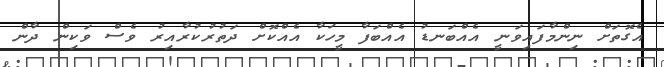
އެގޮތަށް ނިންމާފައިވަނީ އެއްބަނޑު އެއްބަފާ މީހަކާ އެއްކޮށް ދަތުރުކުރާއިރު ވެސް ވަކިން ދާން